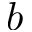
b